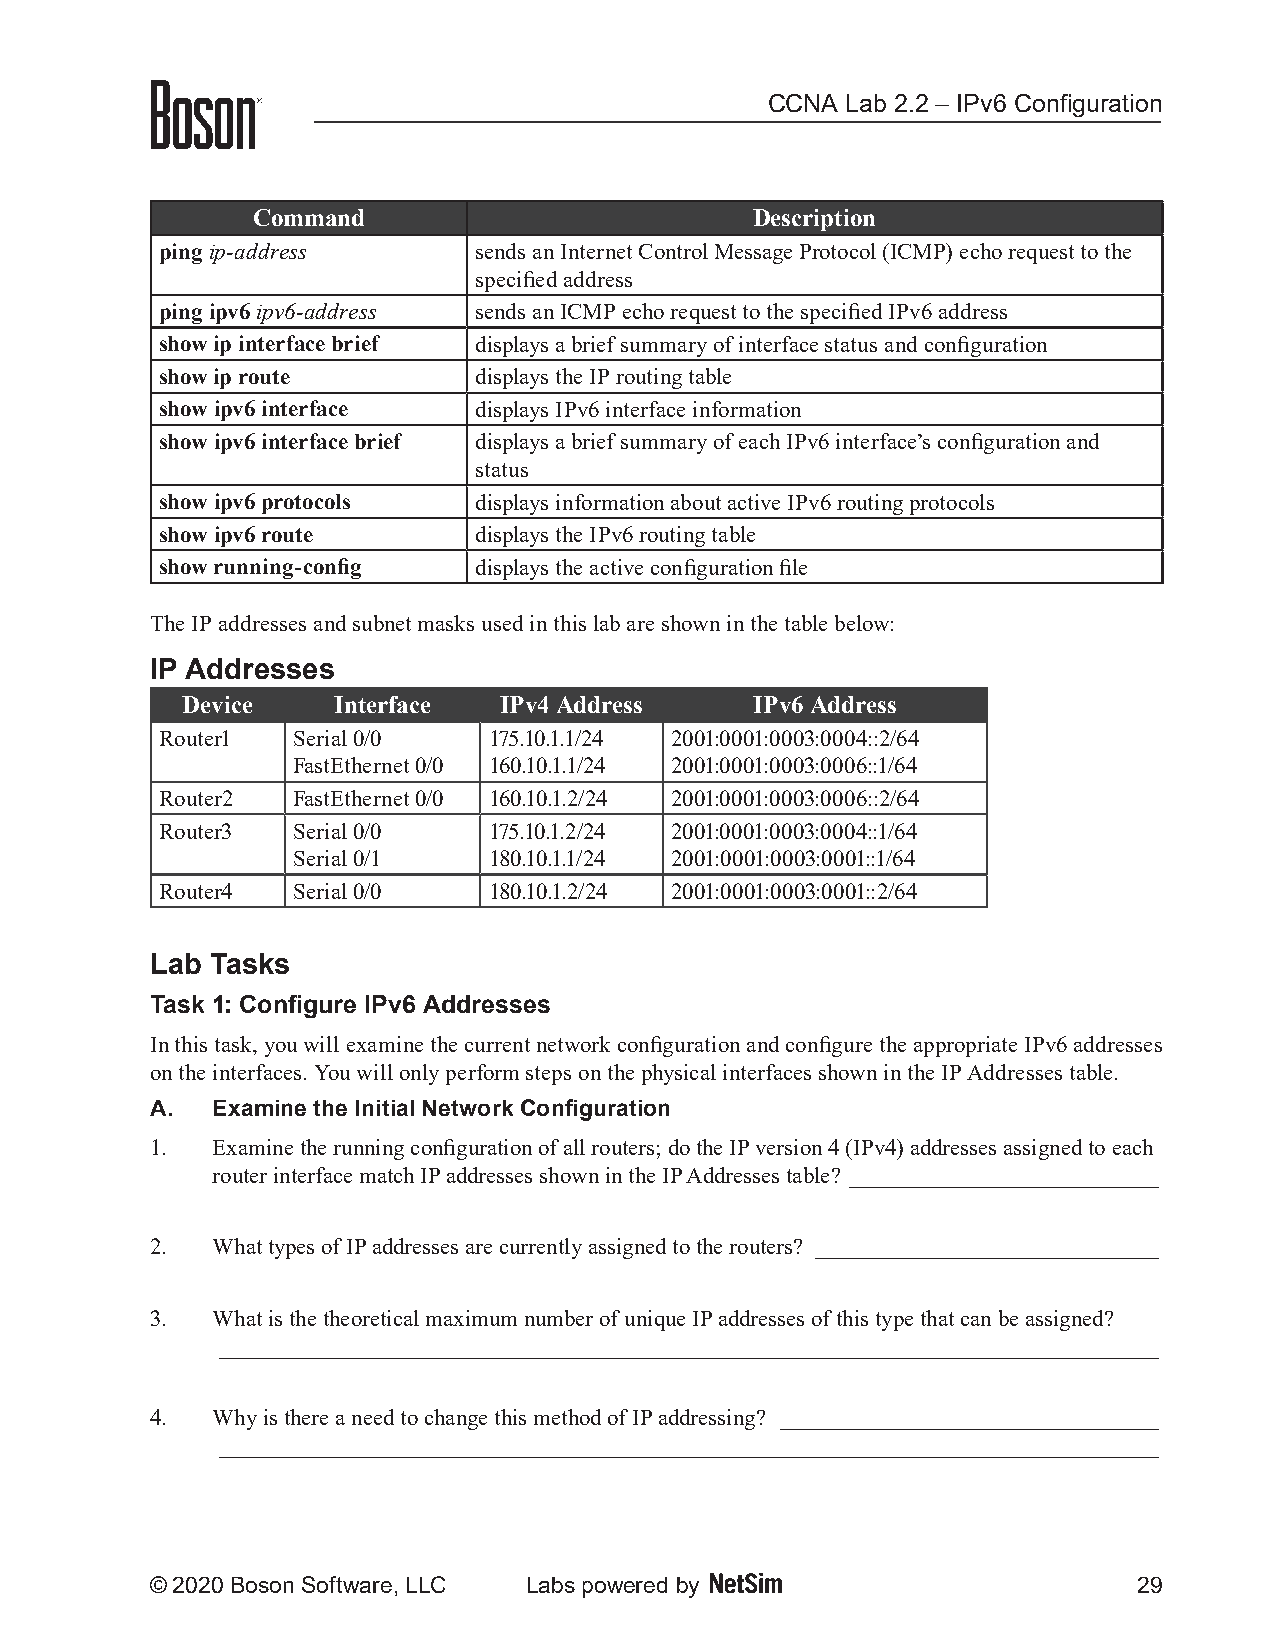
CCNA Lab 2.2 – IPv6 Configuration
 Command                          Description
 ping ip-address     sends an Internet Control Message Protocol (ICMP) echo request to the
 specified address
 ping ipv6 ipv6-address sends an ICMP echo request to the specified IPv6 address
 show ip interface brief displays a brief summary of interface status and configuration
 show ip route       displays the IP routing table
 show ipv6 interface displays IPv6 interface information
 show ipv6 interface brief displays a brief summary of each IPv6 interface’s configuration and
 status
 show ipv6 protocols displays information about active IPv6 routing protocols
 show ipv6 route     displays the IPv6 routing table
 show running-config displays the active configuration file
 The IP addresses and subnet masks used in this lab are shown in the table below:
 IP Addresses
 Device    Interface  IPv4 Address     IPv6 Address
 Router1 Serial 0/0   175.10.1.1/24 2001:0001:0003:0004::2/64
 FastEthernet 0/0 160.10.1.1/24 2001:0001:0003:0006::1/64
 Router2 FastEthernet 0/0 160.10.1.2/24 2001:0001:0003:0006::2/64
 Router3 Serial 0/0   175.10.1.2/24 2001:0001:0003:0004::1/64
 Serial 0/1   180.10.1.1/24 2001:0001:0003:0001::1/64
 Router4 Serial 0/0   180.10.1.2/24 2001:0001:0003:0001::2/64
 Lab Tasks
 Task 1: Configure IPv6 Addresses
 In this task, you will examine the current network configuration and configure the appropriate IPv6 addresses
 on the interfaces. You will only perform steps on the physical interfaces shown in the IP Addresses table.
 A.  Examine the Initial Network Configuration
 1.  Examine the running configuration of all routers; do the IP version 4 (IPv4) addresses assigned to each
 router interface match IP addresses shown in the IP Addresses table? ___________________________
 2.  What types of IP addresses are currently assigned to the routers? ______________________________
 3.  What is the theoretical maximum number of unique IP addresses of this type that can be assigned?
 __________________________________________________________________________________
 4.  Why is there a need to change this method of IP addressing? _________________________________
 __________________________________________________________________________________
 © 2020 Boson Software, LLC Labs powered by                       29